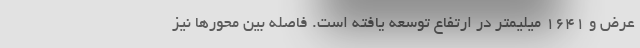
عرض و 1641 میلیمتر در ارتفاع توسعه یافته است. فاصله بین محورها نیز